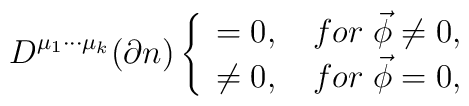
D^{\mu _1\cdot \cdot \cdot \mu _k}(\partial n)\left\{ \begin{array}{cc}=0, & \;for\; \vec \phi \neq 0, \\ \neq 0, & \;for\;\vec \phi =0, \end{array}\right.